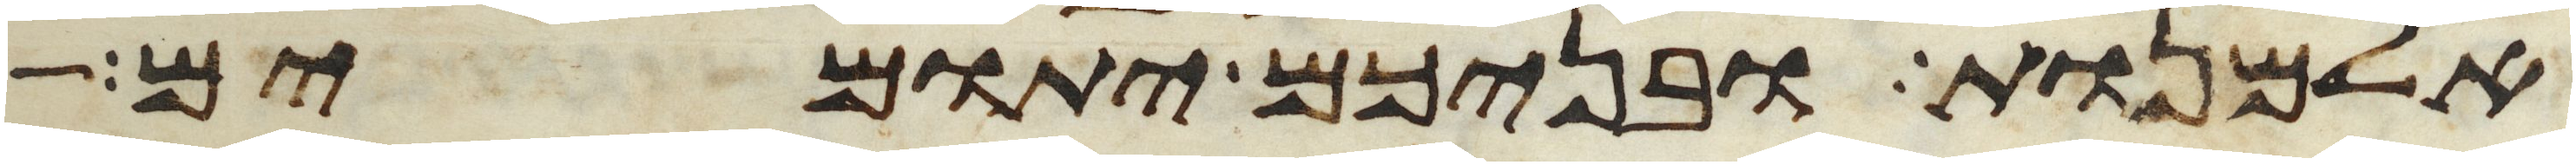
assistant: אלמנות ובניכם יתומים